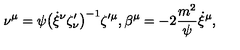
\nu ^ { \mu } = \psi \big ( \dot { \xi } { ^ \nu } \zeta _ { \nu } ^ { \prime } \big ) ^ { - 1 } \zeta { ^ { \prime \mu } } , \beta ^ { \mu } = - 2 { \frac { m ^ { 2 } } { \psi } } \dot { \xi } { ^ \mu } ,